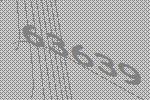
63639